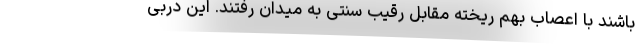
باشند با اعصاب بهم ریخته مقابل رقیب سنتی به میدان رفتند. این دربی